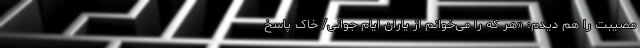
مصیبت را هم دیدم: «هر که را می‌خوانم از یاران ایام جوانی/ خاک پاسخ